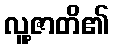
လူ့ဇာတိ၏